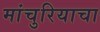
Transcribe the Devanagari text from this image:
मांचुरियाचा